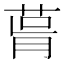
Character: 𦲭